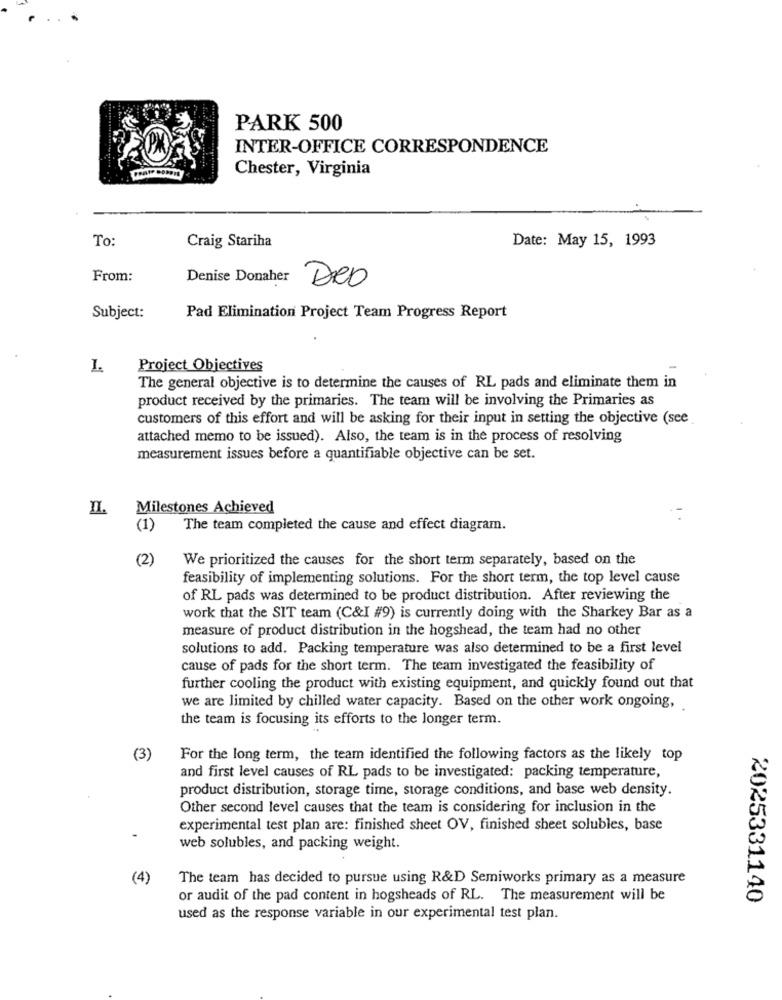
PARK 500
INTER-OFFICE CORRESPONDENCE
Chester, Virginia
To:
Craig Stariha
Date: May 15, 1993
From:
Denise Donaher
DeD
Subject:
Pad Elimination Project Team Progress Report
1.
Project Objectives
The general objective is to determine the causes of RL pads and eliminate them in
product received by the primaries. The team will be involving the Primaries as
customers of this effort and will be asking for their input in setting the objective (see
attached memo to be issued). Also, the team is in the process of resolving
measurement issues before a quantifiable objective can be set.
II.
Milestones Achieved
(1)
The team completed the cause and effect diagram.
(2)
We prioritized the causes for the short term separately, based on the
feasibility of implementing solutions. For the short term, the top level cause
of RL pads was determined to be product distribution. After reviewing the
work that the SIT team (C&I #9) is currently doing with the Sharkey Bar as a
measure of product distribution in the hogshead, the team had no other
solutions to add. Packing temperature was also determined to be a first level
cause of pads for the short term. The team investigated the feasibility of
further cooling the product with existing equipment, and quickly found out that
we are limited by chilled water capacity. Based on the other work ongoing,
the team is focusing its efforts to the longer term.
(3)
For the long term, the team identified the following factors as the likely top
and first level causes of RL pads to be investigated: packing temperature,
product distribution, storage time, storage conditions, and base web density.
Other second level causes that the team is considering for inclusion in the
experimental test plan are: finished sheet OV, finished sheet solubles, base
web solubles, and packing weight.
(4)
The team has decided to pursue using R&D Semiworks primary as a measure
or audit of the pad content in hogsheads of RL. The measurement will be
2025331140
used as the response variable in our experimental test plan.